Madras plague regulations in force outside the Presidency town - Volume 5
Disease focus: Plague
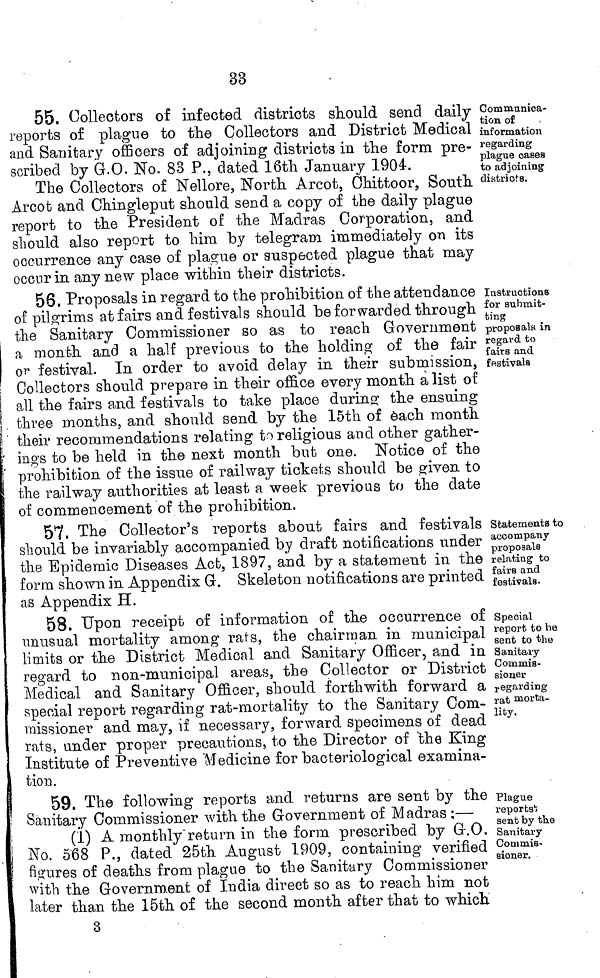
33
55. Collectors of infected districts should send daily
reports of plague to the Collectors and District Medical
and Sanitary officers of adjoining districts in the form pre-
scribed by G.O. No. 83 P., dated 16th January 1904-.
Communica-
tion of
information
regarding
plague oases
to adjoining
districts.
The Collectors of Nellore, North Arcot, Chittoor, South
Arcot and Chingleput should send a copy of the daily plague
report to the President of the Madras Corporation, and
should also report to him by telegram immediately on its
occurrence any case of plague or suspected plague that may
occur in any new place within their districts.
Instructions
for submit-
ting
proposal« in
regard, to
fairs and
festivals
56. Proposals in regard to the prohibition of the attendance
of pilgrims at fair s and festival s should be for warded through
the Sanitary Commissioner so as to reach Government
a month and a half previous to the holding of the fair
or festival. In order to avoid delay in their submission,
Collectors should prepare in their office every month à list of
all the fairs and festivals to take place during; the ensuing
three months, and should send by the 15th of each month
their recommendations relating to religious and other gather-
ings to be held in the next month but one. Notice of the
prohibition of the issue of railway tickets should be given to
the railway authorities at least a week previous to the date
of commencement of the prohibition.
Statements to
accompany
proposals
relating to
fairs and
festivals.
57, The Collector's reports about fairs and festivals
should be invariably accompanied by draft notifications under
the Epidemic Diseases Acb, 1897, and by a statement in the
form shown in Appendix G-. Skeleton notifications are printed
as Appendix H.
Special
report to be
sent to the
Sanitary
Commis-
sioner
regarding
rat morta-
lity.
58. Upon receipt of information of the occurrence of
unusual mortality among rats, the chairman in municipal
limits or the District Medical and Sanitary Officer, and in
regard to non-municipal areas, the Collector or District
Medical and Sanitary Officer, should forthwith forward a
special report regarding rat-mortality to the Sanitary Com-
missioner and may, if necessary, forward specimens of dead
rats, under proper precautions, to the Director of the King
Institute of Preventive Medicine for bacteriological examina-
tion.
Plague
reports';
sent by the
Sanitary
Commis-
sioner.
59. The following reports and returns are sent by the
Sanitary Commissioner with the Government of Madras;—
(1) A monthly "return in the form prescribed by G.O.
No. 568 P., dated 25th August 1909, containing verified
figures of deaths from plague to the Sanitary Commissioner
with the Government of India direct so as to reach him not
later than the 15th of the second month after that to which.
3